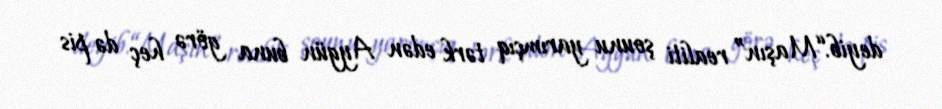
deyib.“Maşın” realiti şounu yarımçıq tərk edən Aygün buna görə heç də pis